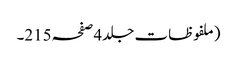
(ملفوظات جلد4صفحہ215۔